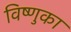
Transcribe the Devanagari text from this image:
विष्णुका